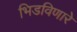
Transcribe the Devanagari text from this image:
भिडविणारे